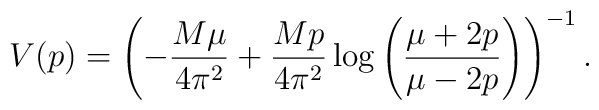
V(p)=\left(-\frac{M \mu}{4 \pi^2} + \frac{M p}{4 \pi^2}  \log \left(\frac{\mu + 2 p}{\mu - 2 p}\right)\right)^{-1}.